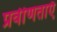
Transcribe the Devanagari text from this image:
प्रवीणताएँ